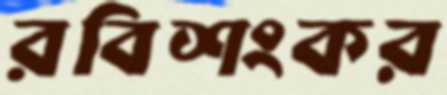
রবিশংকর